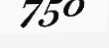
750